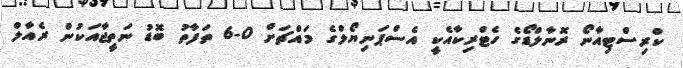
ކްރިސްޓިއާނޯ ރޮނާލްޑޯގެ ހެޓްރިކާއެކީ އެސްޕަނިޔޯލްގެ މައްޗަށް 0-6 ތަފާތު ބޮޑު ނަތީޖާއަކުން ރެއާލް